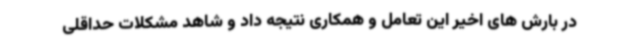
در بارش های اخیر این تعامل و همکاری نتیجه داد و شاهد مشکلات حداقلی